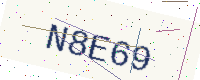
Text: N8E69